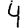
Digit: 4